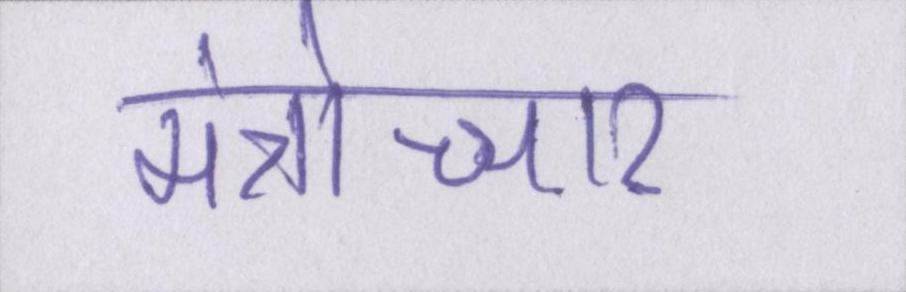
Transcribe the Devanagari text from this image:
मंत्रोच्चार